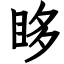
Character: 眵